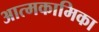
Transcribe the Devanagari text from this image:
आत्मकामिका